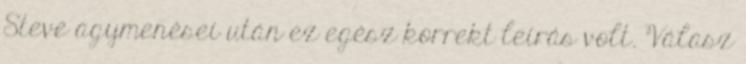
Steve agymenései után ez egész korrekt leírás volt. Válasz